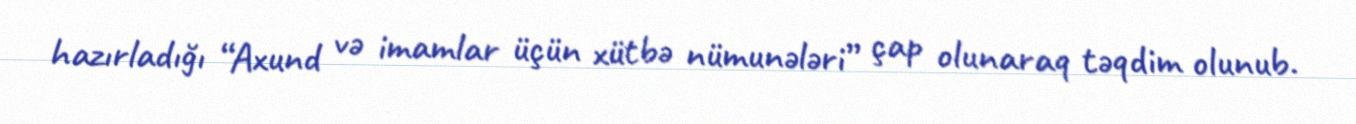
hazırladığı “Axund və imamlar üçün xütbə nümunələri” çap olunaraq təqdim olunub.